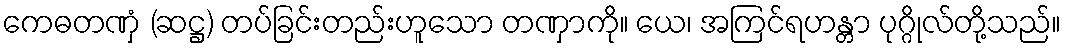
ကေဓတဏှံ (ဆဋ္ဌ) တပ်ခြင်းတည်းဟူသော တဏှာကို။ ယေ၊ အကြင်ရဟန္တာ ပုဂ္ဂိုလ်တို့သည်။